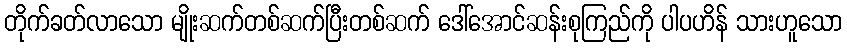
တိုက်ခတ်လာသော မျိုးဆက်တစ်ဆက်ပြီးတစ်ဆက် ဒေါ်အောင်ဆန်းစုကြည်ကို ပါပဟိန် သားဟူသော